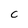
Character: C